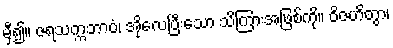
မှီ၍။ ဇရသက္ကဘာဝံ၊ အိုလေပြီးသော သိကြားအဖြစ်ကို။ ဝိဇဟိတွာ၊